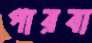
পারবা